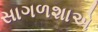
સાગળશાએ